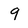
Character: 9